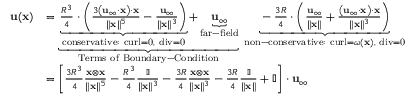
{ \begin{array} { r l } { \mathbf { u } ( \mathbf { x } ) } & { = \underbrace { \underbrace { { \frac { R ^ { 3 } } { 4 } } \cdot \left( { \frac { 3 \left( \mathbf { u } _ { \infty } \cdot \mathbf { x } \right) \cdot \mathbf { x } } { \| \mathbf { x } \| ^ { 5 } } } - { \frac { \mathbf { u } _ { \infty } } { \| \mathbf { x } \| ^ { 3 } } } \right) } _ { \mathrm { c o n s e r v a t i v e : ~ c u r l = 0 , ~ d i v = 0 } } + \underbrace { \mathbf { u } _ { \infty } } _ { \mathrm { f a r - f i e l d } } } _ { \mathrm { T e r m s ~ o f ~ B o u n d a r y - C o n d i t i o n } } \; \underbrace { - { \frac { 3 R } { 4 } } \cdot \left( { \frac { \mathbf { u } _ { \infty } } { \| \mathbf { x } \| } } + { \frac { \left( \mathbf { u } _ { \infty } \cdot \mathbf { x } \right) \cdot \mathbf { x } } { \| \mathbf { x } \| ^ { 3 } } } \right) } _ { { \mathrm { n o n - c o n s e r v a t i v e : ~ c u r l } } = { \boldsymbol { \omega } } ( \mathbf { x } ) , { \mathrm { ~ d i v = 0 } } } } \\ & { = \left[ { \frac { 3 R ^ { 3 } } { 4 } } { \frac { \mathbf { x \otimes \mathbf { x } } } { \| \mathbf { x } \| ^ { 5 } } } - { \frac { R ^ { 3 } } { 4 } } { \frac { \mathbb { I } } { \| \mathbf { x } \| ^ { 3 } } } - { \frac { 3 R } { 4 } } { \frac { \mathbf { x } \otimes \mathbf { x } } { \| \mathbf { x } \| ^ { 3 } } } - { \frac { 3 R } { 4 } } { \frac { \mathbb { I } } { \| \mathbf { x } \| } } + \mathbb { I } \right] \cdot \mathbf { u } _ { \infty } } \end{array} }